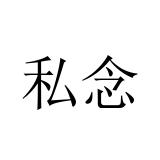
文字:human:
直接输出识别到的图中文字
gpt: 私念